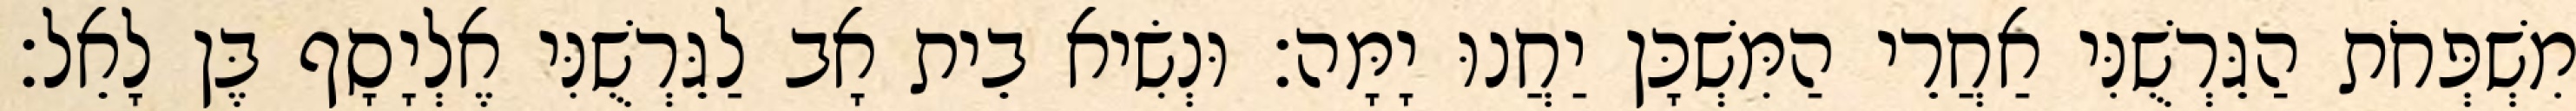
מִשְׁפְּחֹת הַגֵּרְשֻׁנִּי אַחֲרֵי הַמִּשְׁכָּן יַחֲנוּ יָמָּה׃ וּנְשִׂיא בֵית אָב לַגֵּרְשֻׁנִּי אֶלְיָסָף בֶּן לָאֵל׃